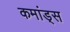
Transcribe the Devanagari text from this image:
कमांड्‌स